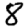
Digit: 8